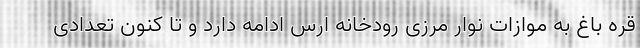
قره باغ به موازات نوار مرزی رودخانه ارس ادامه دارد و تا کنون تعدادی